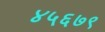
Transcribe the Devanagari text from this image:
४५६७९